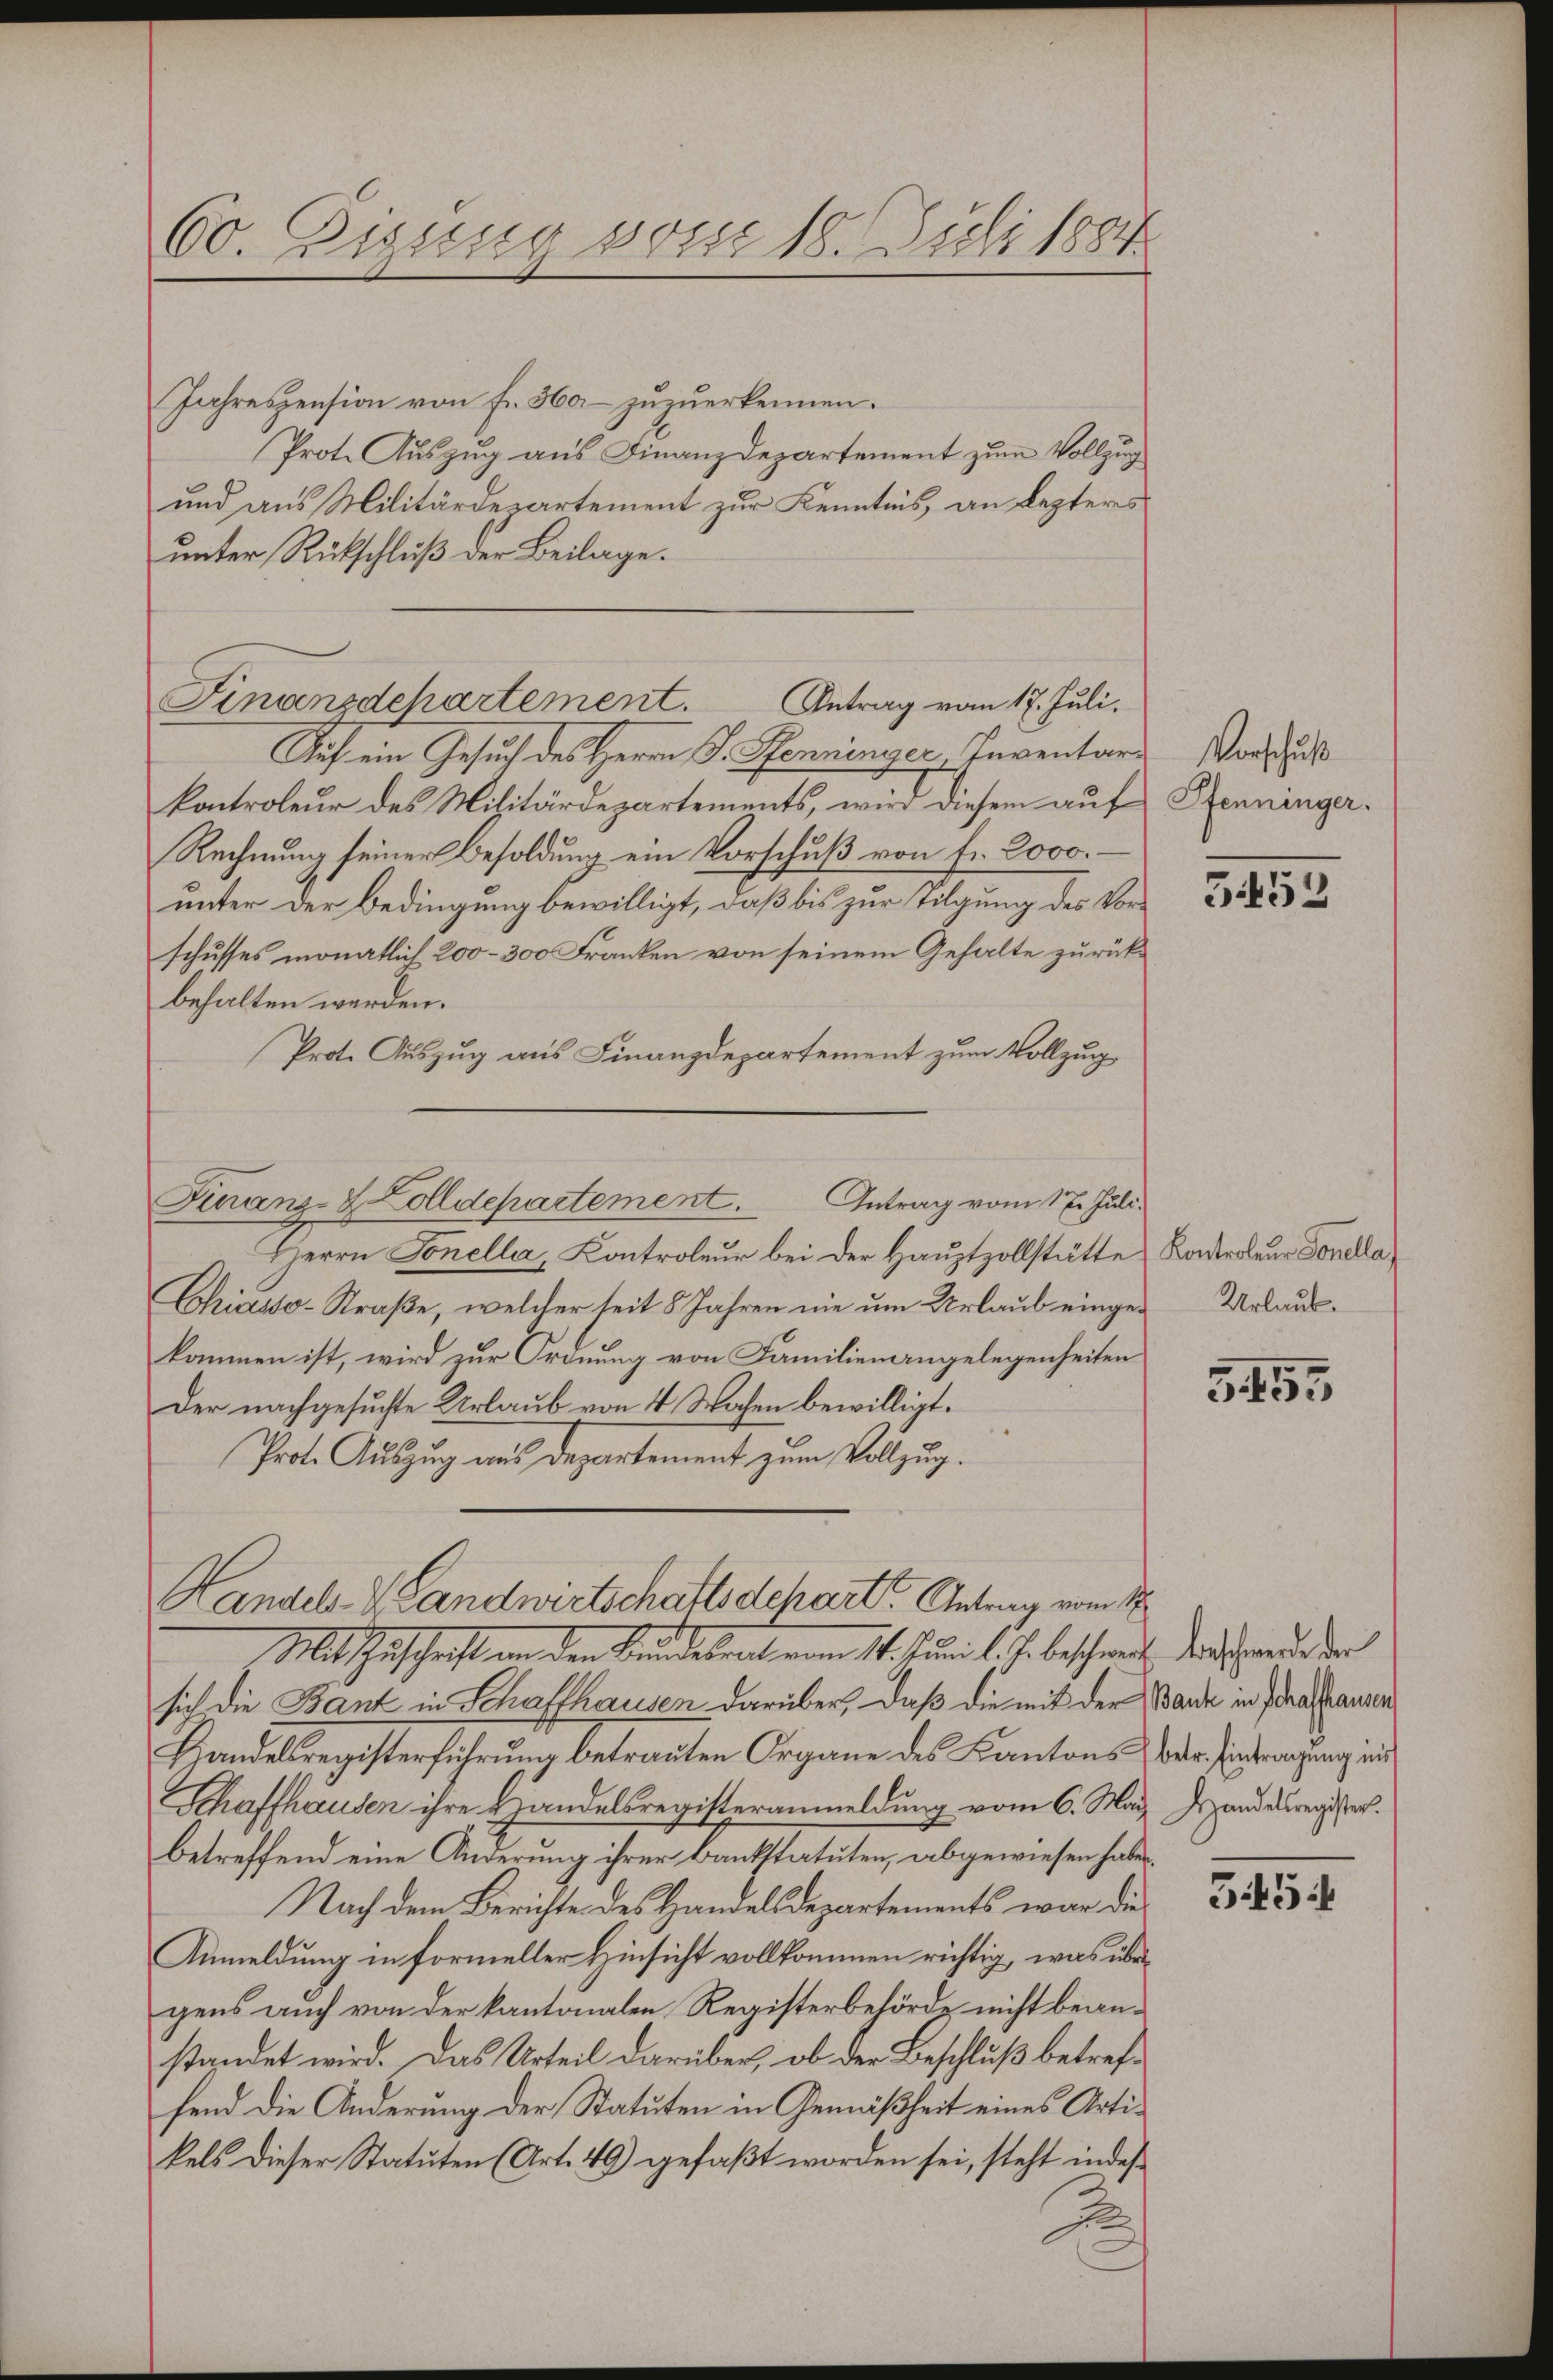
60. Bisung vom 18. Juli 1884

Jahreszension von Fr. 360 zuzuerkennen.
Prote Auszug aus Finanzdepartement zum Vollzug
und aus Militärdepartement zur Kenntnis, an Lezteres
unter Rückschluß der Beilage.
Finanzdchartement.
Antrag vom 17. Juli.
Auch ein Gesuch des Herrn J. Pfenninger, Inventars
kontroleur des Militärdepartements, wird diesem auf
Rechnung seiner Besoldung ein Vorschuß von fr. 2000
unter der Bedingung bewilligt, daß bis zur Tilgung des Vorschusses monatlich 200–300 Franken von seinem Gehalte zurückbehalten werden.
Prote Auszug aus Finanzdepartement zum Vollzug
Herrn Tonella, Kontroleur bei der Hauptzollstätte.
Chiasso-Straße, welcher seit 8 Jahren nie um Urlaub eingekommen ist, wird zur Ordnung von Familienangelegenheiten
Der nachgesuchte Urlaub von 4 Wochen bewilligt.
Prote Auszug aus Departement zum Vollzug.
Handel- & Landwirtschaftsdchart. Antrag vom 1
Mit Zuschrift von den Bundesrat vom 14. Juni l. J. beschweit der schwerde der
sich die Bant in Schaffhausen darüber, daß die mit der Bande in Prafhausen
Handelsregisterführung betrauten Organe des Kantons der Eintragung ein
Schaffhausen ihre Handelsregisteranmeldung vom 6. Mai
betreffend eine Änderung ihrer Bankstatuten, abgewiesen habe.
Nach dem Berichte des Handelsdepartements war die
Anmeldung in formeller Hinsicht vollkommen richtig, was übergens auch von der kantonalen Registerbehörde nicht beanstandet wird. Das Urteil darüber, ob der Beschluß betreffend die Änderung der Statuten in Gemäßheit eines Artikels dieser Statuten (Art. 49) gefaßt worden sei, steht indes¬

Finanz-Zolldepartement. Antrag vom 17. Juli.

Vorschuß
Pfenninger.

3453

Kontroleur Sonella
Urlaub.

5455

Handelsregister.

545: